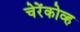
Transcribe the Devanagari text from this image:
चेरेंकोव्ह